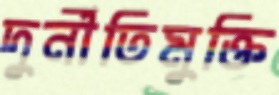
দুর্নীতিমুক্তি